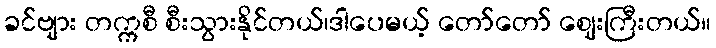
ခင်ဗျား တက္ကစီ စီးသွားနိုင်တယ်၊ဒါပေမယ့် တော်တော် ဈေးကြီးတယ်။